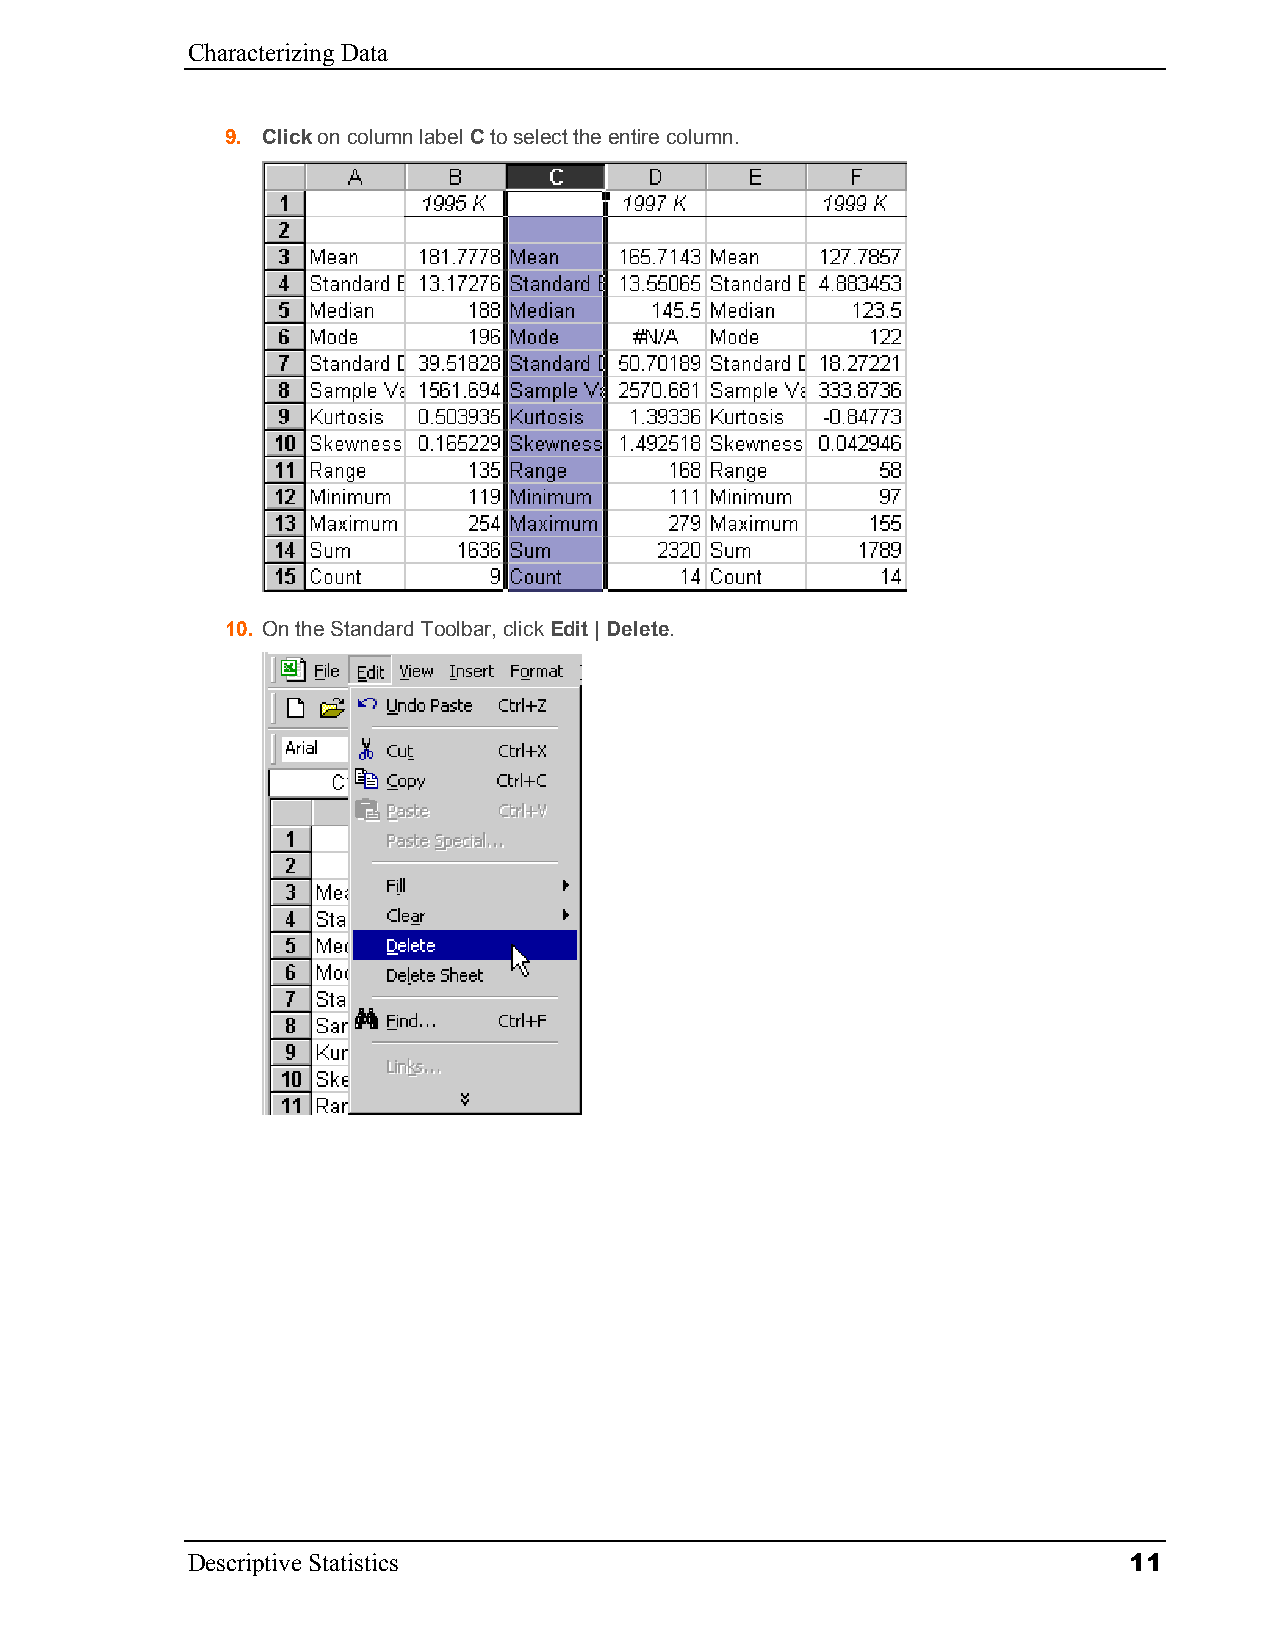
Characterizing Data
 9. Click on column label C to select the entire column.
 10. On the Standard Toolbar, click Edit | Delete.
 Descriptive Statistics                                         11